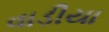
વાડીયા